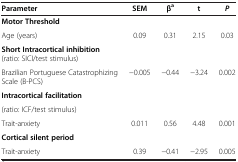
| Parameter | SEM | βa | t | P |
 | --- | --- | --- | --- | --- |
 | Motor Threshold |  |  |  |  |
 | Age (years) | 0.09 | 0.31 | 2.15 | 0.03 |
 | Short Intracortical inhibition (ratio: SICI/test stimulus) |  |  |  |  |
 | Brazilian Portuguese Catastrophizing Scale (B-PCS) | −0.005 | −0.44 | −3.24 | 0.002 |
 | Intracortical facilitation |  |  |  |  |
 | (ratio: ICF/test stimulus) |  |  |  |  |
 | Trait-anxiety | 0.011 | 0.56 | 4.48 | 0.001 |
 | Cortical silent period |  |  |  |  |
 | Trait-anxiety | 0.39 | −0.41 | −2.95 | 0.005 |